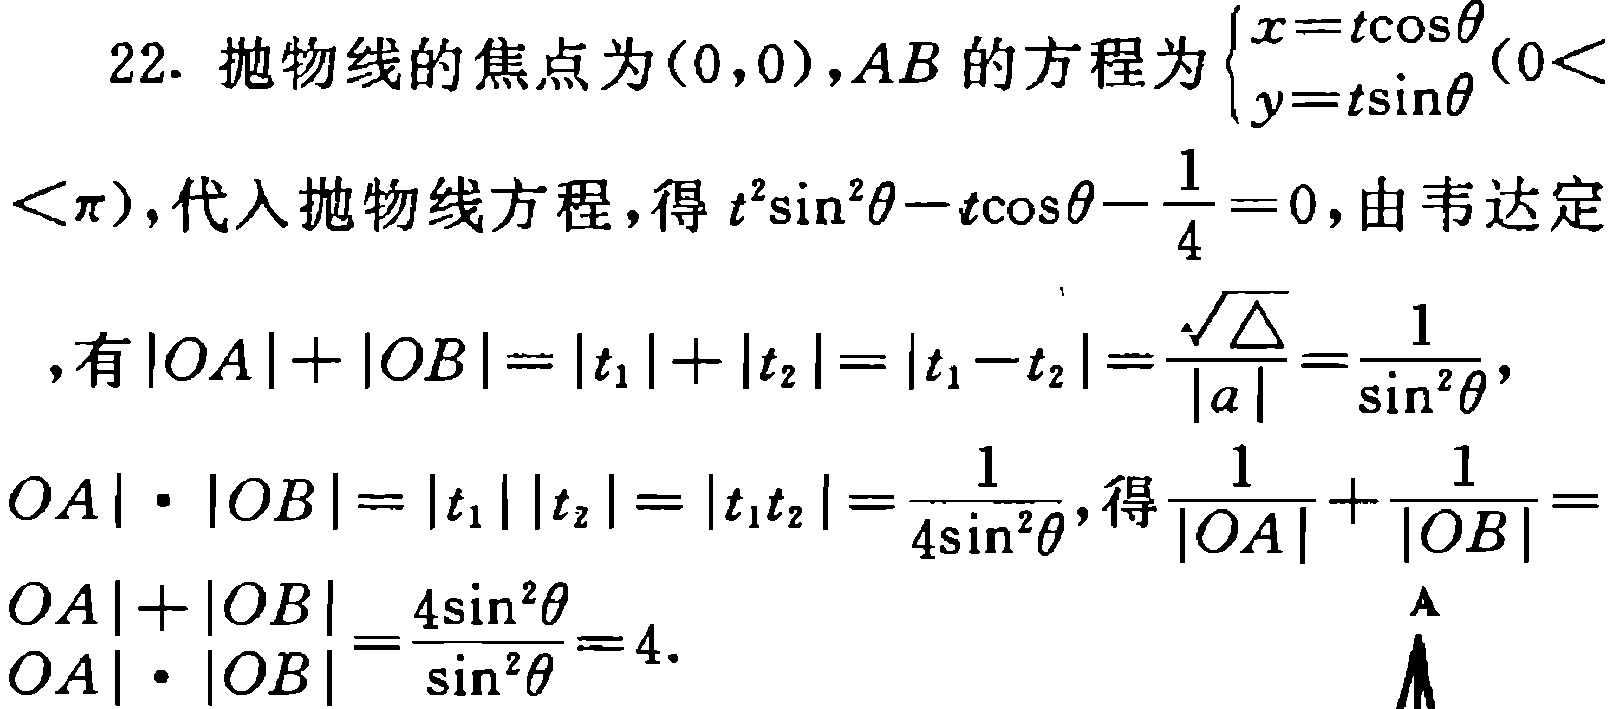
22. 抛物线的焦点为\((0,0)\)，\(AB\)的方程为\(\begin{cases}x = t\cos\theta \\ y = t\sin\theta \end{cases}(0<\theta<\pi)\)，代入抛物线方程，得\(t^{2}\sin^{2}\theta - t\cos\theta - \frac{1}{4} = 0\)，由韦达定

，有\(\vert OA\vert+\vert OB\vert=\vert t_{1}\vert+\vert t_{2}\vert=\vert t_{1}-t_{2}\vert=\frac{\sqrt{\Delta}}{\vert a\vert}=\frac{1}{\sin^{2}\theta}\)，

\(\vert OA\vert\cdot\vert OB\vert=\vert t_{1}\vert\vert t_{2}\vert=\vert t_{1}t_{2}\vert=\frac{1}{4\sin^{2}\theta}\)，得\(\frac{1}{\vert OA\vert}+\frac{1}{\vert OB\vert}=\)

\(\frac{\vert OA\vert+\vert OB\vert}{\vert OA\vert\cdot\vert OB\vert}=\frac{4\sin^{2}\theta}{\sin^{2}\theta}=4\).